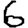
Digit: 6